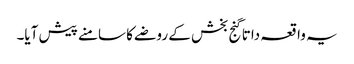
یہ واقعہ داتا گنج بخش کے روضے کا سامنے پیش آیا۔